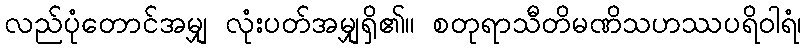
လည်ပုံတောင်အမျှ လုံးပတ်အမျှရှိ၏။ စတုရာသီတိမဏိသဟဿပရိဝါရံ၊